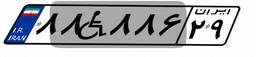
۶۶W۱۸۲۲۰